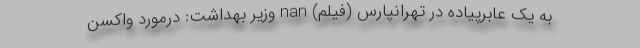
به یک عابرپیاده در تهرانپارس (فیلم) nan وزیر بهداشت: درمورد واکسن